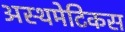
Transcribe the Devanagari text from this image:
अस्थमेटिकस